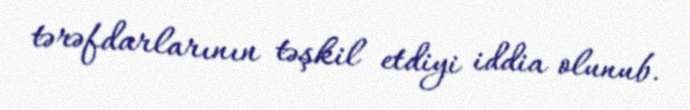
tərəfdarlarının təşkil etdiyi iddia olunub.